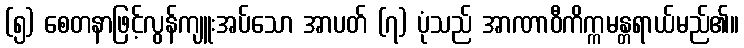
(၅) စေတနာဖြင့်လွန်ကျူးအပ်သော အာပတ် (၇) ပုံသည် အာဏာဝီကိက္ကမန္တရာယ်မည်၏။